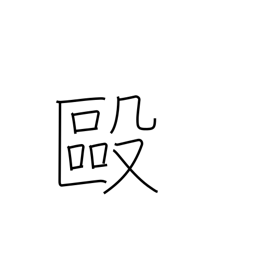
Meaning: brawl